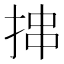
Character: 𪭶